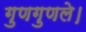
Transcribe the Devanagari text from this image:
गुणगुणले।